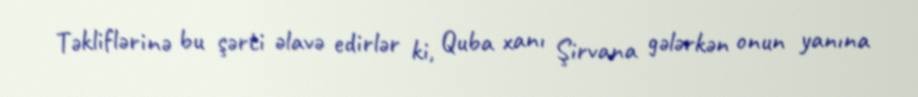
Təkliflərinə bu şərti əlavə edirlər ki, Quba xanı Şirvana gələrkən onun yanına